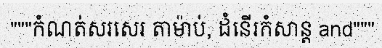
"""កំណត់សរសេរ តាម៉ាប់, ដំនើរកំសាន្ត and"""